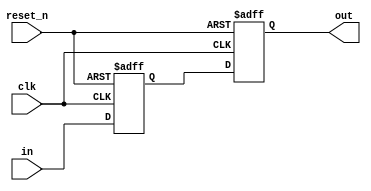
//////////////////////////////////////////////////////////////////////
////                                                              ////
////  File name "meta_sync_single.v"                              ////
////                                                              ////
////  This file is part of the "10GE MAC" project                 ////
////  http://www.opencores.org/cores/xge_mac/                     ////
////                                                              ////
////  Author(s):                                                  ////
////      - A. Tanguay (antanguay@opencores.org)                  ////
////                                                              ////
//////////////////////////////////////////////////////////////////////
////                                                              ////
//// Copyright (C) 2008 AUTHORS. All rights reserved.             ////
////                                                              ////
//// This source file may be used and distributed without         ////
//// restriction provided that this copyright statement is not    ////
//// removed from the file and that any derivative work contains  ////
//// the original copyright notice and the associated disclaimer. ////
////                                                              ////
//// This source file is free software; you can redistribute it   ////
//// and/or modify it under the terms of the GNU Lesser General   ////
//// Public License as published by the Free Software Foundation; ////
//// either version 2.1 of the License, or (at your option) any   ////
//// later version.                                               ////
////                                                              ////
//// This source is distributed in the hope that it will be       ////
//// useful, but WITHOUT ANY WARRANTY; without even the implied   ////
//// warranty of MERCHANTABILITY or FITNESS FOR A PARTICULAR      ////
//// PURPOSE.  See the GNU Lesser General Public License for more ////
//// details.                                                     ////
////                                                              ////
//// You should have received a copy of the GNU Lesser General    ////
//// Public License along with this source; if not, download it   ////
//// from http://www.opencores.org/lgpl.shtml                     ////
////                                                              ////
//////////////////////////////////////////////////////////////////////
 
 
module meta_sync_single(/*AUTOARG*/
  // Outputs
  out,
  // Inputs
  clk, reset_n, in
  );
 
parameter EDGE_DETECT = 0;
 
input   clk;
input   reset_n;
 
input   in;
 
output  out;
 
reg     out;
 
 
 
generate
 
    if (EDGE_DETECT) begin
 
      reg   meta;
      reg   edg1;
      reg   edg2;
 
        always @(posedge clk or negedge reset_n) begin
 
            if (reset_n == 1'b0) begin
                meta <= 1'b0;
                edg1 <= 1'b0;
                edg2 <= 1'b0;
                out <= 1'b0;
            end
            else begin
                meta <= in;
                edg1 <= meta;
                edg2 <= edg1;
                out <= edg1 ^ edg2;
            end
        end
 
    end
    else begin
 
      reg   meta;
 
        always @(posedge clk or negedge reset_n) begin
 
            if (reset_n == 1'b0) begin
                meta <= 1'b0;
                out <= 1'b0;
            end
            else begin
                meta <= in;
                out <= meta;
            end
        end
 
    end
 
endgenerate
 
endmodule